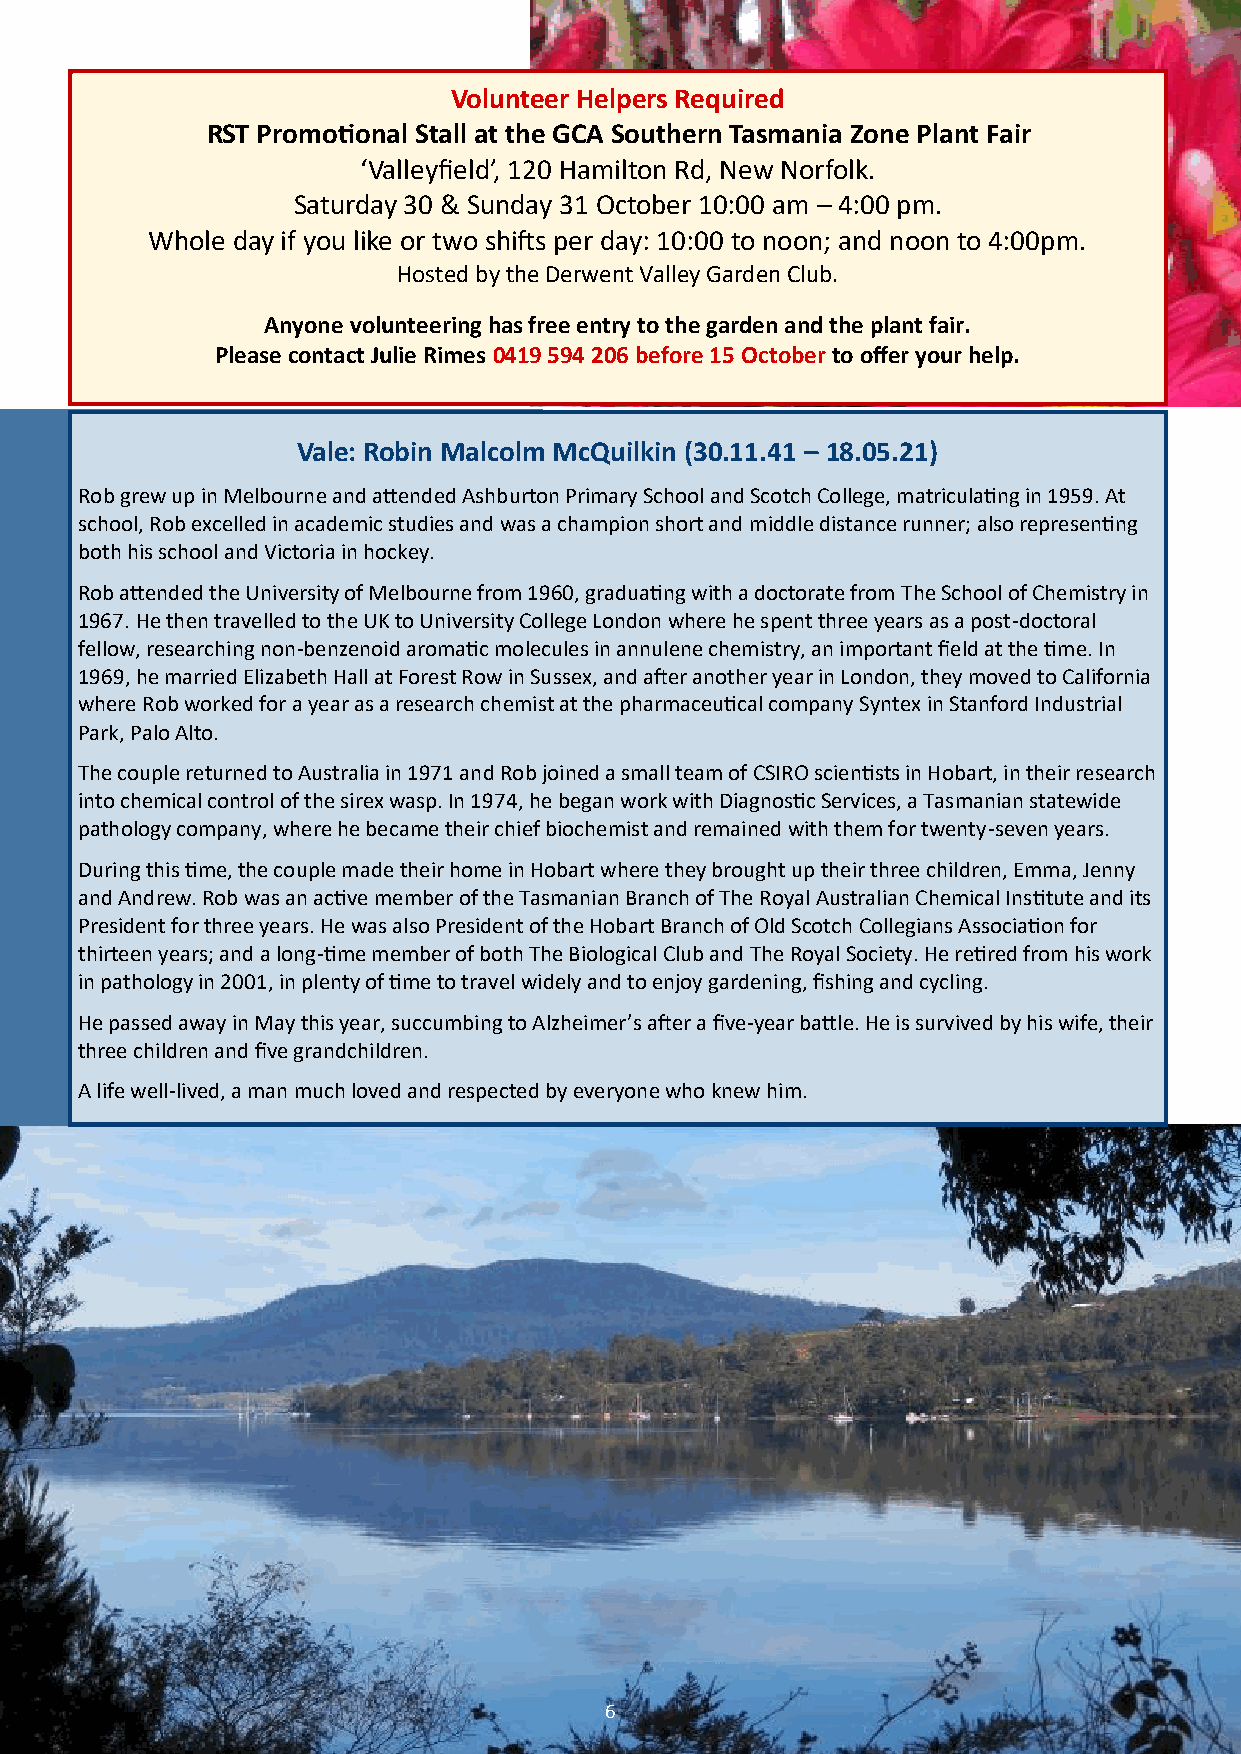
Volunteer Helpers Required
 RST Promotional Stall at the GCA Southern Tasmania Zone Plant Fair
 ‘Valleyfield’, 120 Hamilton Rd, New Norfolk.
 Saturday 30 & Sunday 31 October 10:00 am – 4:00 pm.
 Whole day if you like or two shifts per day: 10:00 to noon; and noon to 4:00pm.
 Hosted by the Derwent Valley Garden Club.
 Anyone volunteering has free entry to the garden and the plant fair.
 Please contact Julie Rimes 0419 594 206 before 15 October to offer your help.
 Vale: Robin Malcolm McQuilkin (30.11.41 – 18.05.21)
 Rob grew up in Melbourne and attended Ashburton Primary School and Scotch College, matriculating in 1959. At
 school, Rob excelled in academic studies and was a champion short and middle distance runner; also representing
 both his school and Victoria in hockey.
 Rob attended the University of Melbourne from 1960, graduating with a doctorate from The School of Chemistry in
 1967. He then travelled to the UK to University College London where he spent three years as a post-doctoral
 fellow, researching non-benzenoid aromatic molecules in annulene chemistry, an important field at the time. In
 1969, he married Elizabeth Hall at Forest Row in Sussex, and after another year in London, they moved to California
 where Rob worked for a year as a research chemist at the pharmaceutical company Syntex in Stanford Industrial
 Park, Palo Alto.
 The couple returned to Australia in 1971 and Rob joined a small team of CSIRO scientists in Hobart, in their research
 into chemical control of the sirex wasp. In 1974, he began work with Diagnostic Services, a Tasmanian statewide
 pathology company, where he became their chief biochemist and remained with them for twenty-seven years.
 During this time, the couple made their home in Hobart where they brought up their three children, Emma, Jenny
 and Andrew. Rob was an active member of the Tasmanian Branch of The Royal Australian Chemical Institute and its
 President for three years. He was also President of the Hobart Branch of Old Scotch Collegians Association for
 thirteen years; and a long-time member of both The Biological Club and The Royal Society. He retired from his work
 in pathology in 2001, in plenty of time to travel widely and to enjoy gardening, fishing and cycling.
 He passed away in May this year, succumbing to Alzheimer’s after a five-year battle. He is survived by his wife, their
 three children and five grandchildren.
 A life well-lived, a man much loved and respected by everyone who knew him.
 6